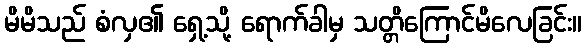
မိမိသည် စံလှ၏ ရှေ့သို့ ရောက်ခါမှ သတ္တိကြောင်မိလေခြင်း။